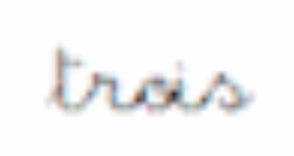
trois